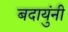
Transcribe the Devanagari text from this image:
बदायुंनी